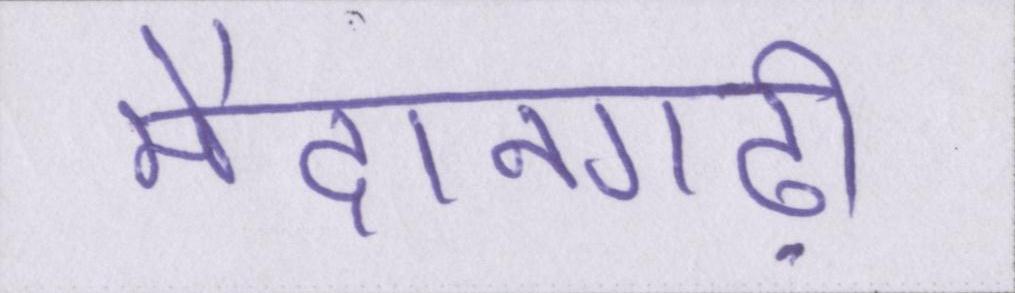
मैदानगढ़ी